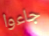
جاءوا